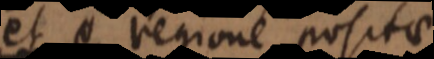
et e regione positae